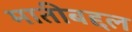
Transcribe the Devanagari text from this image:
मातीबद्दल